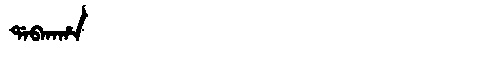
Manchu: ᡩᠠᠪᡴᠠᡥᠠ
Romanization: DABKAHA